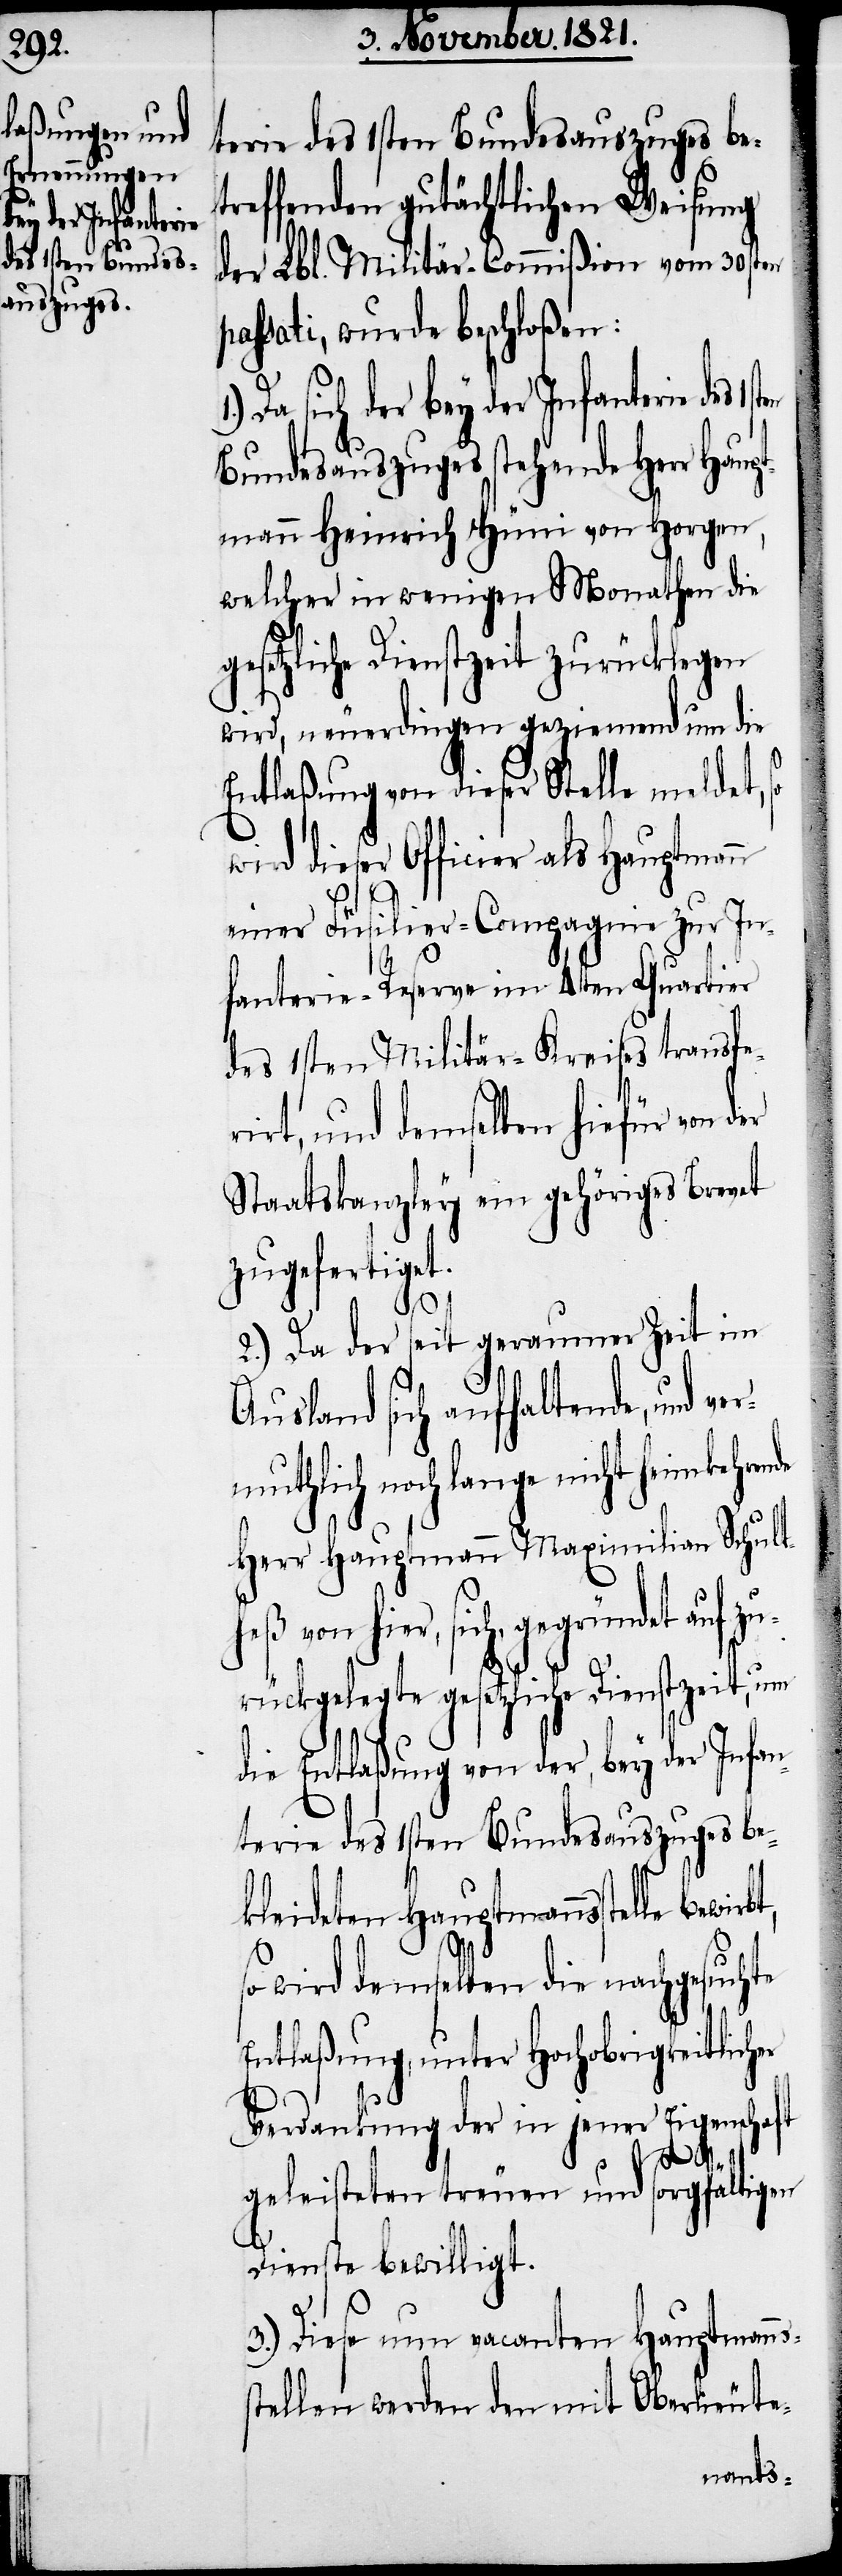
es 1sten

treffenden gutächtlichen Weisung
der Lbl. Militär-Commißion vom 30sten
passati, wurde beschloßen:
Da sich der bey der Infanterie d¬
Bundesauszuges stehende Herr Haupt¬
mann Heinrich Hüni von Horgen,
welcher in wenigen Monathen die
gesetzliche Dienstzeit zurücklegen
wird, neuerdingen geziemend um die
Entlaßung von dieser Stelle meldet,
wird dieser Officier als Hauptmann
einer Füsilier-Compagnie zur In¬
fanterie-Reserve im 4ten Quartier
des 1sten Militär-Kreises transfe¬
rirt, und demselben hiefür von der
Staatskanzley ein gehöriges Brevet
zugefertiget.
2.) Da der seit geraumer Zeit im
Ausland sich aufhaltende, und ve¬
rmuthlich noch lange nicht heimkehrende
Herr Hauptmann Maximilian Schult¬
ich, gegründet auf zu¬
rückgelegte gesetzliche Dienstzeit, um
die Entlaßung von der, bey der Infan¬
terie des 1sten Bundesauszuges be¬
kleideten Hauptmannsstelle
wird demselben die nachgesuchte
Entlaßung, unter Hochobrigkeitlich¬
Verdankung der in jener Eigenschaft
ss¬
geleisteten treuen und sorgfältigen
Dienste bewilligt.
3.) Diese nun vacanten Hauptmann¬
tellen werden den mit Oberlieute-